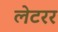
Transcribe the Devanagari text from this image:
लेटरर